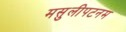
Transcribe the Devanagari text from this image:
मसुलीपटनम